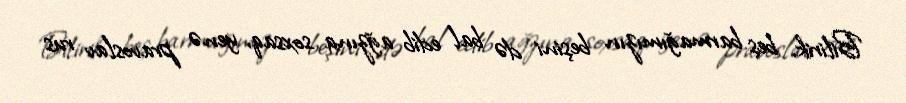
Bilirik, beş barmağımızın beşini də bal edib ağzına soxsaq, yenə pravoslav rus